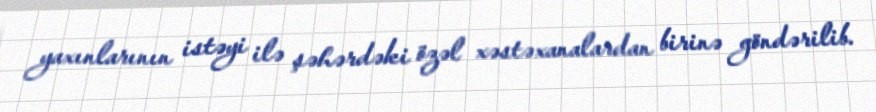
yaxınlarının istəyi ilə şəhərdəki özəl xəstəxanalardan birinə göndərilib.